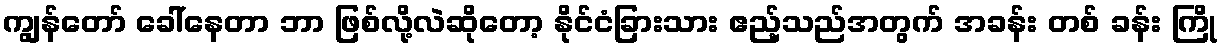
ကျွန်တော် ခေါ်နေတာ ဘာ ဖြစ်လို့လဲဆိုတော့ နိုင်ငံခြားသား ဧည့်သည်အတွက် အခန်း တစ် ခန်း ကြို